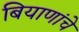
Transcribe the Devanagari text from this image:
बियाणांचे